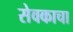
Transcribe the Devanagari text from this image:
सेवकाचा